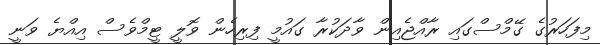
މިފަހަރުގެ ގޭމްސްގައި ރާއްޖެއިން ވާދަކުރާ ގައުމީ ފިރިހެން ވޮލީ ޓީމްވެސް އިއްޔެ ވަނީ